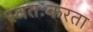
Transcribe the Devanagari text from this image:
स्वतःकरता